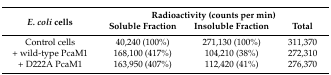
<table><thead><tr><td rowspan="2"><b><i>E. coli</i> cells</b></td><td colspan="3"><b>Radioactivity (counts per min)</b></td></tr><tr><td><b>Soluble Fraction</b></td><td><b>Insoluble Fraction</b></td><td><b>Total</b></td></tr></thead><tbody><tr><td>Control cells</td><td>40,240 (100%)</td><td>271,130 (100%)</td><td>311,370</td></tr><tr><td>+ wild-type PcaM1</td><td>168,100 (417%)</td><td>104,210 (38%)</td><td>272,310</td></tr><tr><td>+ D222A PcaM1</td><td>163,950 (407%)</td><td>112,420 (41%)</td><td>276,370</td></tr></tbody></table>